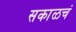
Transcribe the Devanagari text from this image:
सकाळचं